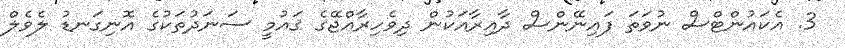
3. އެކައުންޓްސް ނުވަތަ ފައިނޭންސް ދާއިރާއަކުން ދިވެހިރާއްޖޭގެ ޤައުމީ ސަނަދުތަކުގެ އޮނިގަނޑު ލެވެލް